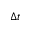
\Delta t